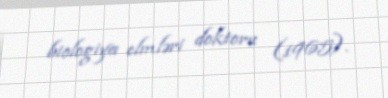
biologiya elmləri doktoru (1965).